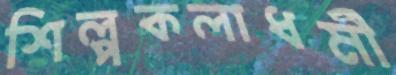
শিল্পকলাধর্মী